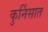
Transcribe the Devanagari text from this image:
कुर्निसात